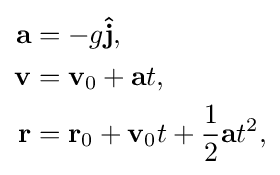
{\begin{aligned}\mathbf {a} &=-g\mathbf {\hat {j}} ,\\\mathbf {v} &=\mathbf {v} _{\text{0}}+\mathbf {a} t,\\\mathbf {r} &=\mathbf {r} _{0}+\mathbf {v} _{0}t+{\frac {1}{2}}\mathbf {a} t^{2},\end{aligned}}